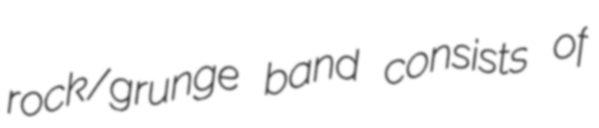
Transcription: rock/grunge band consists of